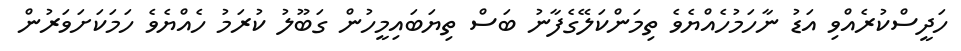
ހަދީސްކުރެއްވި އަޑު ނާހަމުހެއްޔެވެ ތިމަންކަލޭގެފާނު ބަސް ތިޔަބައިމީހުން ގަބޫލު ކުރަމު ހެއްޔެވެ ހަމަކަށަވަރުން